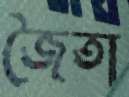
জৈতা